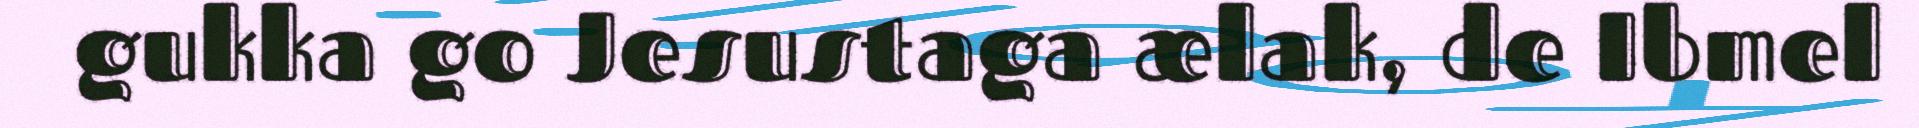
gukka go Jesustaga ælak, de Ibmel